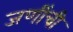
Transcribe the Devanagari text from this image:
जणींची